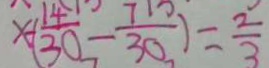
x - ( \frac { 1 4 } { 3 0 } - \frac { 7 } { 3 0 } ) = \frac { 2 } { 3 }